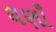
ઘણાઁ